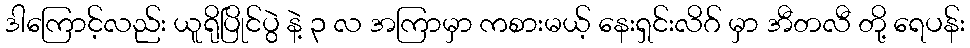
ဒါကြောင့်လည်း ယူရိုပြိုင်ပွဲ နဲ့ ၃ လ အကြာမှာ ကစားမယ့် နေးရှင်းလိဂ် မှာ အီတလီ တို့ ရေပန်း